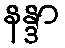
နန္ဒာ